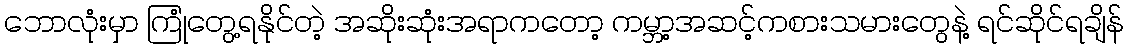
ဘောလုံးမှာ ကြုံတွေ့ရနိုင်တဲ့ အဆိုးဆုံးအရာကတော့ ကမ္ဘာ့အဆင့်ကစားသမားတွေနဲ့ ရင်ဆိုင်ရချိန်